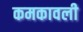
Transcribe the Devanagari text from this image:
कमकावली